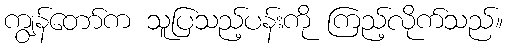
ကျွန်တော်က သူပြသည့်ပန်းကို ကြည့်လိုက်သည်။